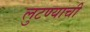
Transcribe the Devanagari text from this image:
लुटण्याची